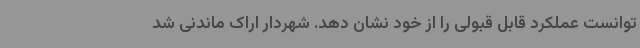
توانست عملکرد قابل قبولی را از خود نشان دهد. شهردار اراک ماندنی شد